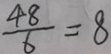
\frac { 4 8 } { 6 } = 8